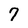
Character: 7